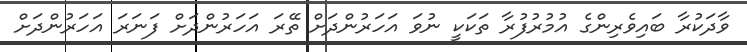
ވާދަކުރާ ބައިވެރިންގެ އުމުރުފުރާ ތަކަކީ ނުވަ އަހަރުންދަށް ތޭރަ އަހަރުންދަށް ފަނަރަ އަހަރުންދަށް